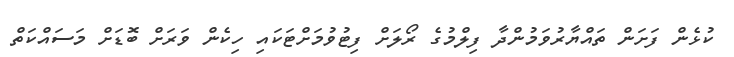
ކުޅެން ފަށަން ތައްޔާރުވަމުންދާ ފިލްމުގެ ރޯލަށް ފިޓުވުމަށްޓަކައި ހިކެން ވަރަށް ބޮޑަށް މަސައްކަތް